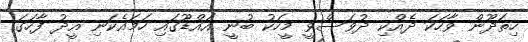
ހިތަދޫން ވާހަކަ ދެއްކި ދުވަސްވީ މީހަކު ބުނީ އައްޑޫގައި ހަމައެކަނި އީދު ފާހަގަ